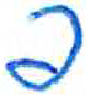
אות: פ